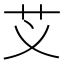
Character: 𮶝